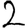
Digit: 2